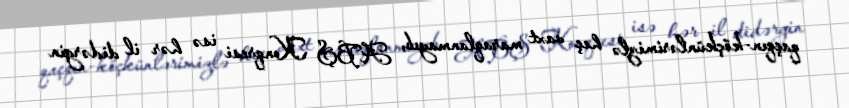
qaçqın-köçkünlərimizlə heç vaxt maraqlanmayıb, ABŞ Konqresi isə hər il didərgin